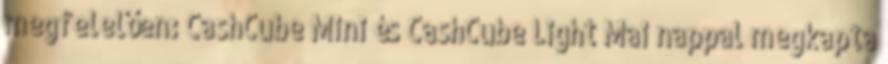
megfelelően: CashCube Mini és CashCube Light Mai nappal megkapta